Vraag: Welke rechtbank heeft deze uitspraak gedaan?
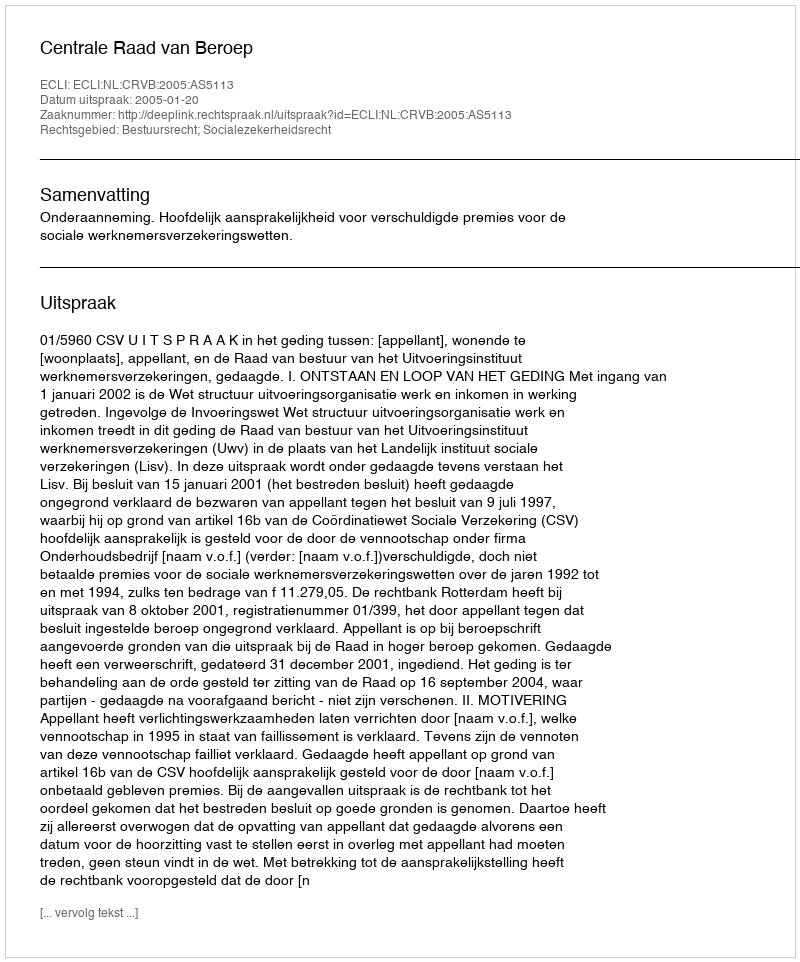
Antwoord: Centrale Raad van Beroep